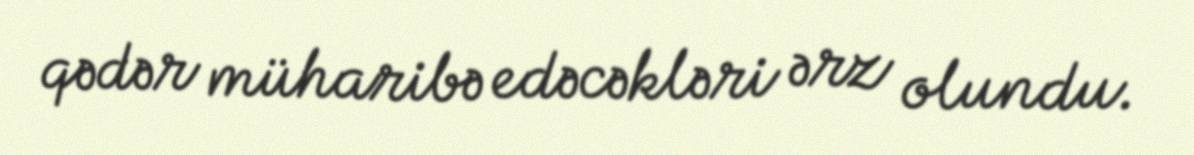
qədər müharibə edəcəkləri ərz olundu.